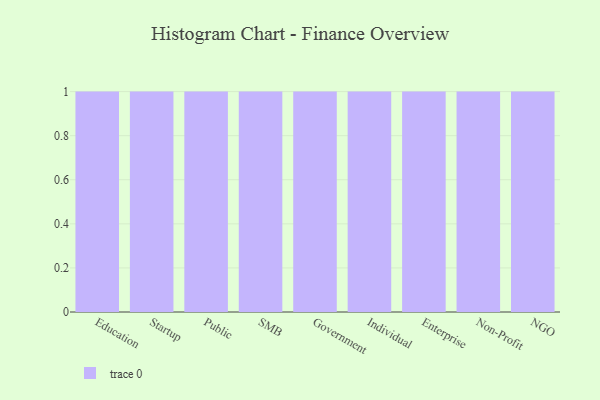
{"axis": {"x": "Segment", "y": "Production Output"}, "legend": [""], "data": [{"x": "Education", "y": 11, "type": ""}, {"x": "Startup", "y": 50, "type": ""}, {"x": "Public", "y": 15, "type": ""}, {"x": "SMB", "y": 63, "type": ""}, {"x": "Government", "y": 66, "type": ""}, {"x": "Individual", "y": 36, "type": ""}, {"x": "Enterprise", "y": 15, "type": ""}, {"x": "Non-Profit", "y": 42, "type": ""}, {"x": "NGO", "y": 82, "type": ""}]}